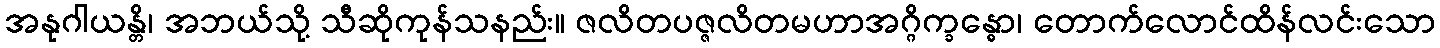
အနုဂါယန္တိ၊ အဘယ်သို့ သီဆိုကုန်သနည်း။ ဇလိတပဇ္ဇလိတမဟာအဂ္ဂိက္ခန္ဓော၊ တောက်လောင်ထိန်လင်းသော